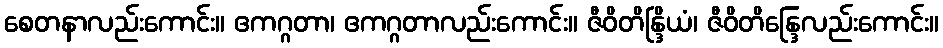
စေတနာလည်းကောင်း။ ဧကဂ္ဂတာ၊ ဧကဂ္ဂတာလည်းကောင်း။ ဇီဝိတိန္ဒြိယံ၊ ဇီဝိတိန္ဒြေလည်းကောင်း။